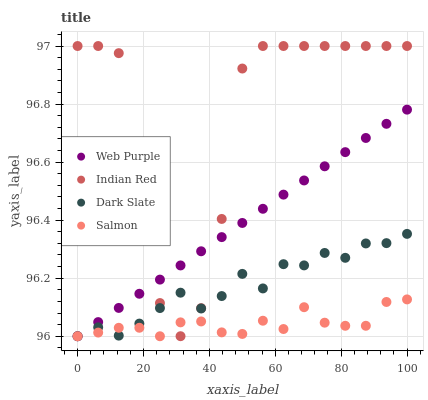
| xaxis_label | Web Purple | Indian Red | Dark Slate | Salmon |
 | --- | --- | --- | --- | --- |
 | 0 | 96 | 97 | 96 | 96 |
 | 6.25 | 96 | 97 | 96 | 96 |
 | 12.5 | 96.1 | 97 | 96 | 96 |
 | 18.8 | 96.1 | 96.4 | 96 | 96 |
 | 25 | 96.2 | 96.1 | 96.1 | 96 |
 | 31.2 | 96.2 | 96 | 96.2 | 96 |
 | 37.5 | 96.3 | 96.1 | 96.1 | 96.1 |
 | 43.8 | 96.3 | 96.4 | 96.1 | 96 |
 | 50 | 96.4 | 96.9 | 96.2 | 96 |
 | 56.2 | 96.4 | 97 | 96.2 | 96.1 |
 | 62.5 | 96.5 | 97 | 96.2 | 96 |
 | 68.8 | 96.5 | 97 | 96.2 | 96.1 |
 | 75 | 96.6 | 97 | 96.3 | 96 |
 | 81.2 | 96.6 | 97 | 96.3 | 96 |
 | 87.5 | 96.7 | 97 | 96.3 | 96 |
 | 93.8 | 96.7 | 97 | 96.3 | 96.1 |
 | 100 | 96.8 | 97 | 96.4 | 96.1 |